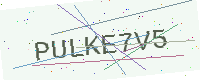
Text: PULKE7V5